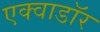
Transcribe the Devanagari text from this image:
एक्वाडॉर